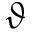
\vartheta